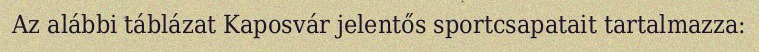
Az alábbi táblázat Kaposvár jelentős sportcsapatait tartalmazza: